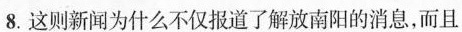
8. 这则新闻为什么不仅报道了解放南阳的消息，而且